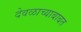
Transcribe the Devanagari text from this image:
देवळाच्याबाबत